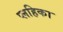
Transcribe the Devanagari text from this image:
प्लहिका